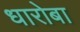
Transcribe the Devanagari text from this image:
धारोबा